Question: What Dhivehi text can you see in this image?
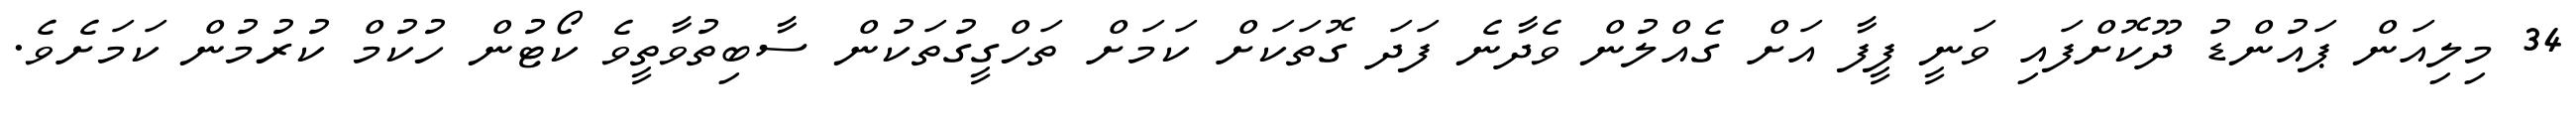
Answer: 34 މިލިއަން ޕައުންޑު ދޫކޮށްފައި ވަނީ ފީފާ އަށް ގެއްލުން ވެދާނެ ފަދަ ގޮތަކަށް ކަމަށް ތަހްގީގުތަކުން ސާބިތުވާތީވެ ކޯޓުން ހުކުމް ކުރުމުން ކަމަށެވެ.